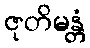
ဇုတိမန္တံ